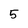
Character: 5